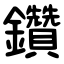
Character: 鑽